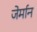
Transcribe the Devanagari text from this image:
जेर्मान